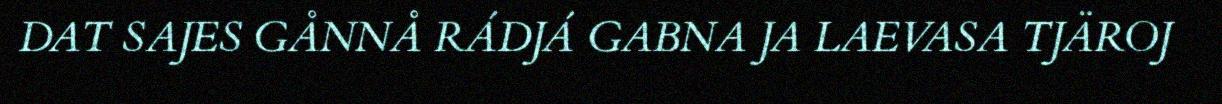
DAT SAJES GÅNNÅ RÁDJÁ GABNA JA LAEVASA TJÄROJ